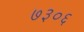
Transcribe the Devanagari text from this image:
७३०६